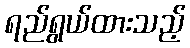
ရည်ရွယ်ထားသည့်